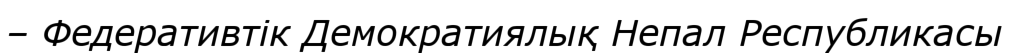
– Федеративтік Демократиялық Непал Республикасы